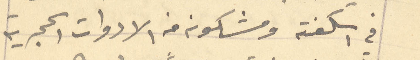
في اسكفته ومشكونه من الادوات الحجرية